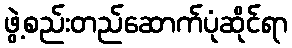
ဖွဲ့စည်းတည်ဆောက်ပုံဆိုင်ရာ